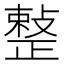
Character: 𢿫